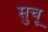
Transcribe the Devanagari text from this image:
सुचू